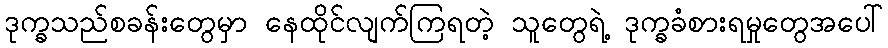
ဒုက္ခသည်စခန်းတွေမှာ နေထိုင်လျက်ကြရတဲ့ သူတွေရဲ့ ဒုက္ခခံစားရမှုတွေအပေါ်